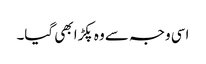
اسی وجہ سے وہ پکڑا بھی گیا۔